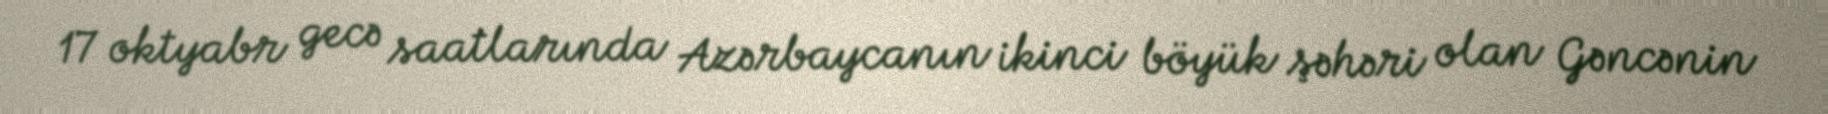
17 oktyabr gecə saatlarında Azərbaycanın ikinci böyük şəhəri olan Gəncənin